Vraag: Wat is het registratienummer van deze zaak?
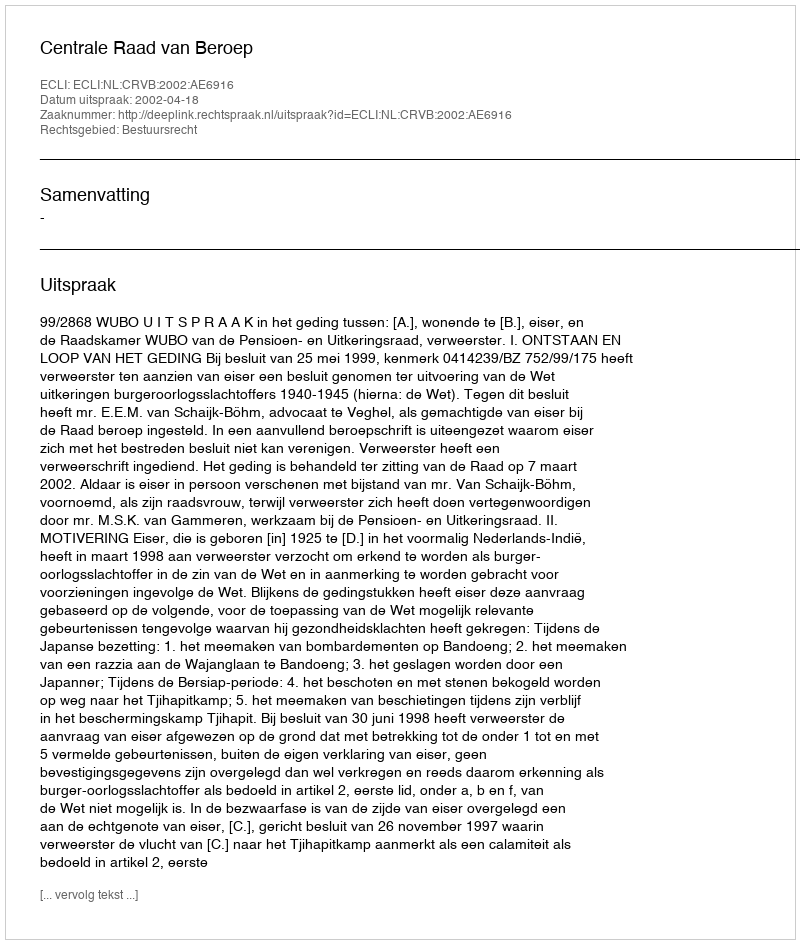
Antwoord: http://deeplink.rechtspraak.nl/uitspraak?id=ECLI:NL:CRVB:2002:AE6916